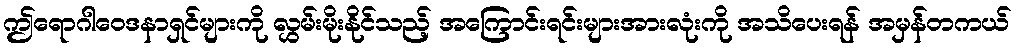
ဤရောဂါဝေဒနာရှင်များကို လွှမ်းမိုးနိုင်သည့် အကြောင်းရင်းများအားလုံးကို အသိပေးရန် အမှန်တကယ်